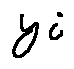
y i